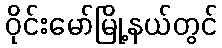
ဝိုင်းမော်မြို့နယ်တွင်